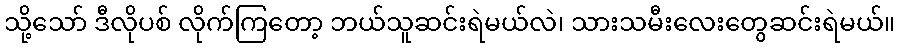
သို့သော် ဒီလိုပစ် လိုက်ကြတော့ ဘယ်သူဆင်းရဲမယ်လဲ၊ သားသမီးလေးတွေဆင်းရဲမယ်။